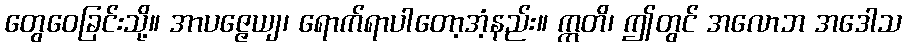
တွေဝေခြင်းသို့။ အာပဇ္ဇေယျ၊ ရောက်ရာပါတော့အံ့နည်း။ ဣတိ၊ ဤတွင် အလောဘ အဒေါသ